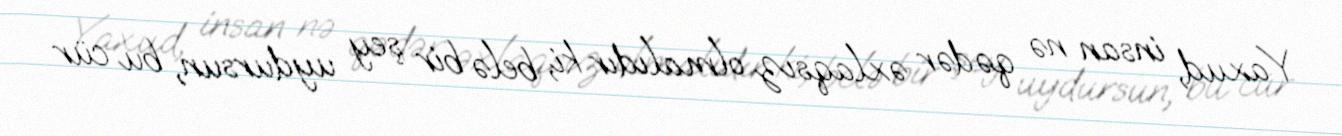
Yaxud, insan nə qədər əxlaqsız olmalıdır ki, belə bir şey uydursun, bu cür